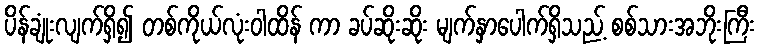
ပိန်ချုံးလျက်ရှိ၍ တစ်ကိုယ်လုံးဝါထိန် ကာ ခပ်ဆိုးဆိုး မျက်နှာပေါက်ရှိသည့် စစ်သားအဘိုးကြီး